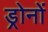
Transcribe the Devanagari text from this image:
ड्रोनों